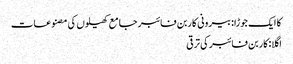
کا ایک جوڑا:بیرونی کاربن فائبر جامع کھیلوں کی مصنوعات
اگلا:کاربن فائبر کی ترقی